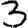
Digit: 3